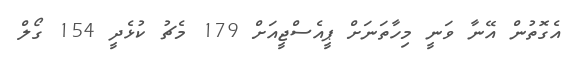
އެގޮތުން އޭނާ ވަނީ މިހާތަނަށް ޕީއެސްޖީއަށް 179 މެޗު ކުޅެދީ 154 ގޯލް